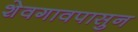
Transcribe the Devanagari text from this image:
शेवगावपासुन